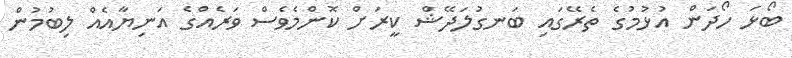
ބޯޅަ ހޯދަން އުޅުމުގެ ތެރޭގައި ބަނގުލަދޭޝް ކީރަށް ކޮންމެވެސް ވަރެއްގެ އަނިޔާއެއް ލިބުމުން